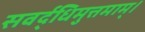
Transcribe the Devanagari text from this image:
सवर्द्धिमुत्तमाम्‌।